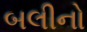
બલીનો